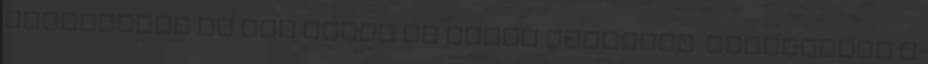
cicagatyát és egy pólót és útnak indultam. Elindultam a